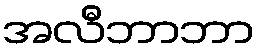
အလီဘာဘာ